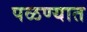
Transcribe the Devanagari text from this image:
पळण्यात